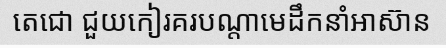
តេជោ ជួយកៀរគរបណ្តាមេដឹកនាំអាស៊ាន